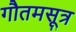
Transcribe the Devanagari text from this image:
गौतमसूत्र